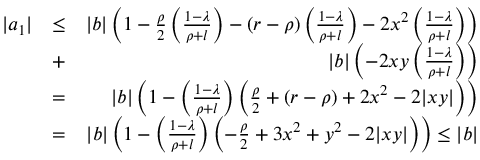
\begin{array} { r l r } { | a _ { 1 } | } & { \leq } & { | b | \left( 1 - \frac { \rho } { 2 } \left( \frac { 1 - \lambda } { \rho + l } \right) - ( r - \rho ) \left( \frac { 1 - \lambda } { \rho + l } \right) - 2 x ^ { 2 } \left( \frac { 1 - \lambda } { \rho + l } \right) \right) } \\ & { + } & { | b | \left( - 2 x y \left( \frac { 1 - \lambda } { \rho + l } \right) \right) } \\ & { = } & { | b | \left( 1 - \left( \frac { 1 - \lambda } { \rho + l } \right) \left( \frac { \rho } { 2 } + ( r - \rho ) + 2 x ^ { 2 } - 2 | x y | \right) \right) } \\ & { = } & { | b | \left( 1 - \left( \frac { 1 - \lambda } { \rho + l } \right) \left( - \frac { \rho } { 2 } + 3 x ^ { 2 } + y ^ { 2 } - 2 | x y | \right) \right) \leq | b | } \end{array}